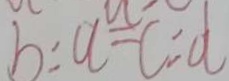
b : a = c : d